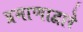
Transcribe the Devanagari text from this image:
प्रमाणाद्वारे